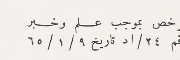
مرخص بموجب علم وخبر رقم ٢٤/اد تاريخ ٩/ ١/ ٦٥